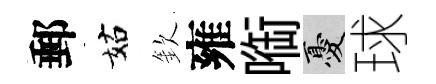
郵姑欽雍㗸憂球